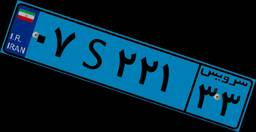
۳۱S۳۰۳۴۴